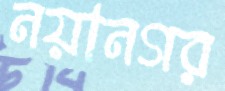
নয়ানগর